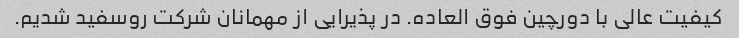
کیفیت عالی با دورچین فوق العاده. در پذیرایی از مهمانان شرکت روسفید شدیم.